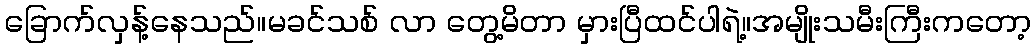
ခြောက်လှန့်နေသည်။မခင်သစ် လာ တွေ့မိတာ မှားပြီထင်ပါရဲ့။အမျိုးသမီးကြီးကတော့